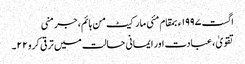
اگست ١٩٩٧ء بمقام مئی مارکیٹ من ہائم، جرمنی
تقویٰ ، عبادت اور ایمانی حالت میں ترقی کرو ٢٢۔